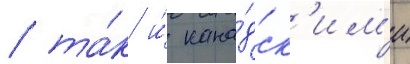
/ та́к и́ кана́дск'им'и